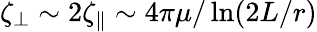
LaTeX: \zeta_{\perp}\sim 2\zeta_{\parallel}\sim 4\pi\mu/\ln(2L/r)